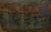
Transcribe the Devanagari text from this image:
व्मैं